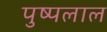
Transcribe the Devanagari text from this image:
पुष्पलाल